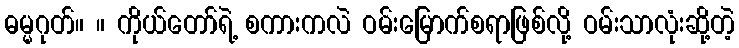
ဓမ္မဂုတ်။ ။ ကိုယ်တော်ရဲ့ စကားကလဲ ဝမ်းမြောက်စရာဖြစ်လို့ ဝမ်းသာလုံးဆို့တဲ့